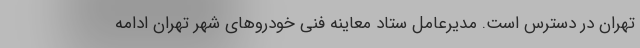
تهران در دسترس است. مدیرعامل ستاد معاینه فنی خودروهای شهر تهران ادامه